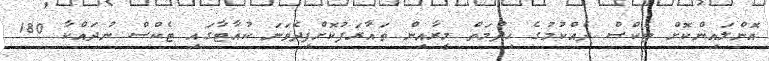
އޮންލައިންކޮށް ޓެކްސް ދެއްކުމުގެ ހިދުމަތް މީރާއިން ތައާރަފުކޮށްފިދެވަނަ ކުއާޓާގައި ޓެކްސް ނުދައްކާ 180